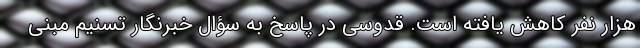
هزار نفر کاهش یافته است. قدوسی در پاسخ به سؤال خبرنگار تسنیم مبنی